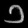
Digit: ၁